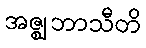
အဇ္ဈဘာသီတိ